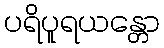
ပရိပူရယန္တော